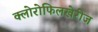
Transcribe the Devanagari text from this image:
क्लोरोफिलखेरीज